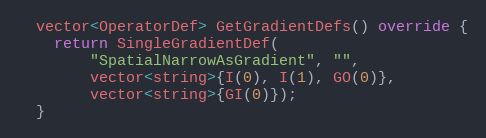
Language: C++
  vector<OperatorDef> GetGradientDefs() override {
    return SingleGradientDef(
        "SpatialNarrowAsGradient", "",
        vector<string>{I(0), I(1), GO(0)},
        vector<string>{GI(0)});
  }